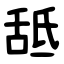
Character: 䑛